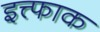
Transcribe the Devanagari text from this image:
इत्त्फाक